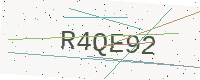
Text: R4QE92